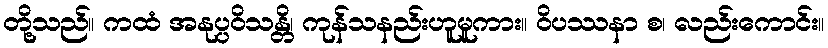
တို့သည်။ ကထံ အနုပ္ပဝိသန္တိ၊ ကုန်သနည်းဟူမူကား။ ဝိပဿနာ စ၊ လည်းကောင်း။